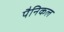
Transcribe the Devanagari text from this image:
पैनिकल